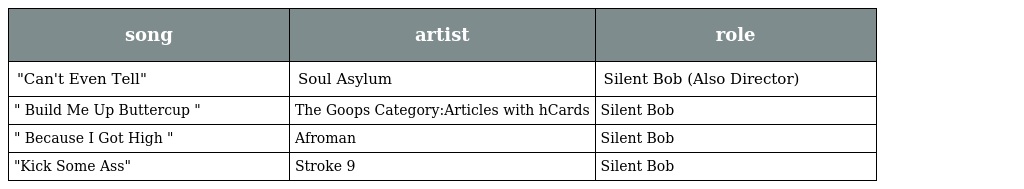
| song | artist | role |
 | --- | --- | --- |
 | "Can't Even Tell" | Soul Asylum | Silent Bob (Also Director) |
 | " Build Me Up Buttercup " | The Goops Category:Articles with hCards | Silent Bob |
 | " Because I Got High " | Afroman | Silent Bob |
 | "Kick Some Ass" | Stroke 9 | Silent Bob |